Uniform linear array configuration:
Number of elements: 48
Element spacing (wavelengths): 0.5
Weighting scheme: exponential
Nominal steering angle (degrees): -15
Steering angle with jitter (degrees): -16.496
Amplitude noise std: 0.05
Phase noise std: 0.05

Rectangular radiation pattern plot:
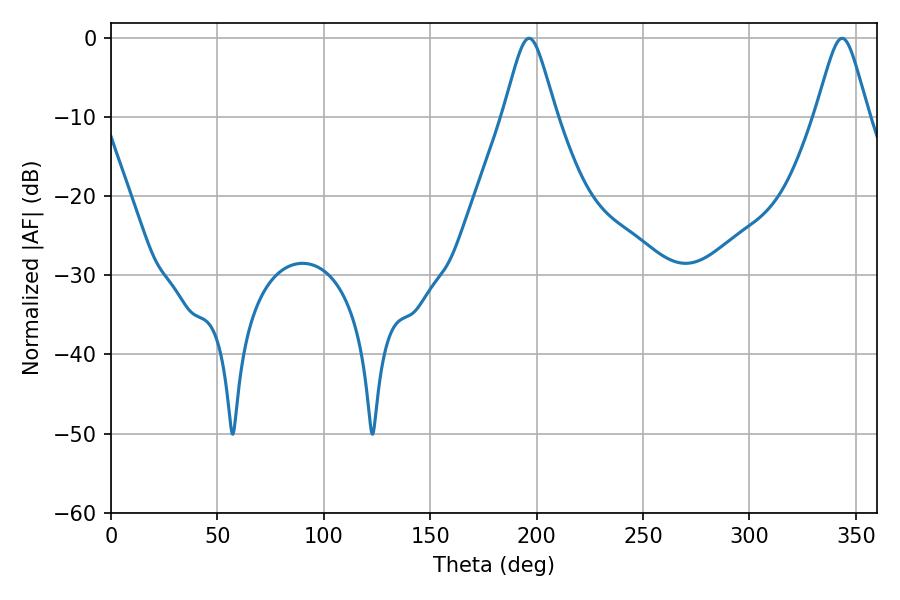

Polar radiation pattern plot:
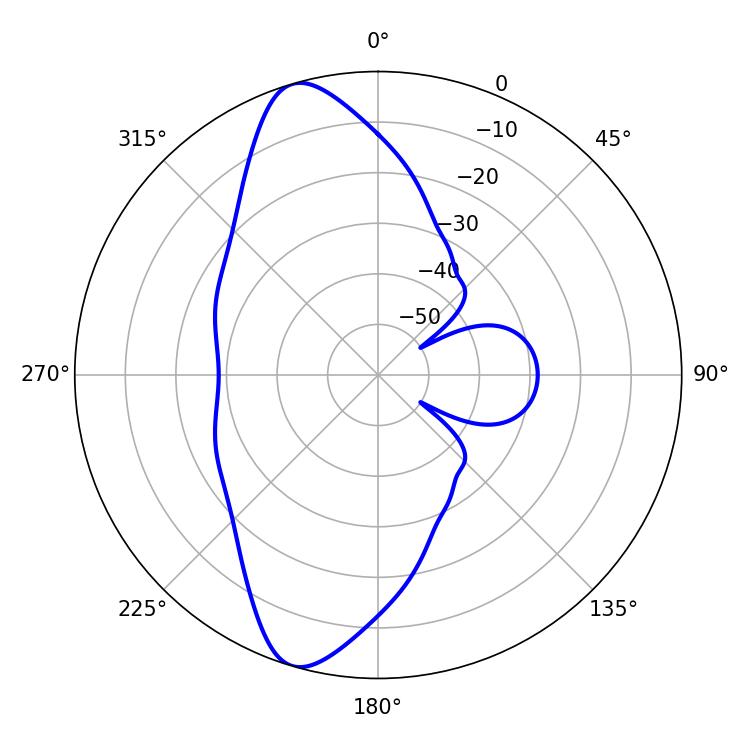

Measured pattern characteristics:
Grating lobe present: FALSE
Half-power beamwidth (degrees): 11.88
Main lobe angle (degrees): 196.38